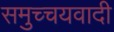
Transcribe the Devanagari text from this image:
समुच्चयवादी